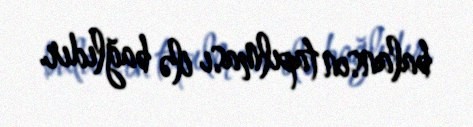
balansın tapılması ilə bağlıdır.